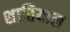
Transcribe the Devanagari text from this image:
शातियाल